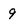
Character: 9